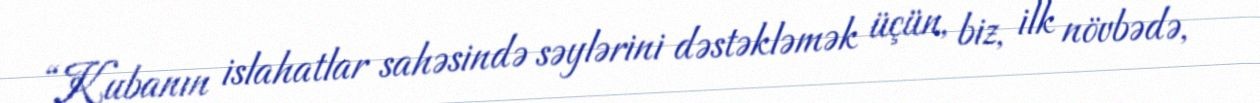
“Kubanın islahatlar sahəsində səylərini dəstəkləmək üçün, biz, ilk növbədə,